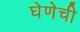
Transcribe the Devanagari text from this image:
घेणेची